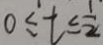
0 \leq t \leq \frac { 1 } { 2 }